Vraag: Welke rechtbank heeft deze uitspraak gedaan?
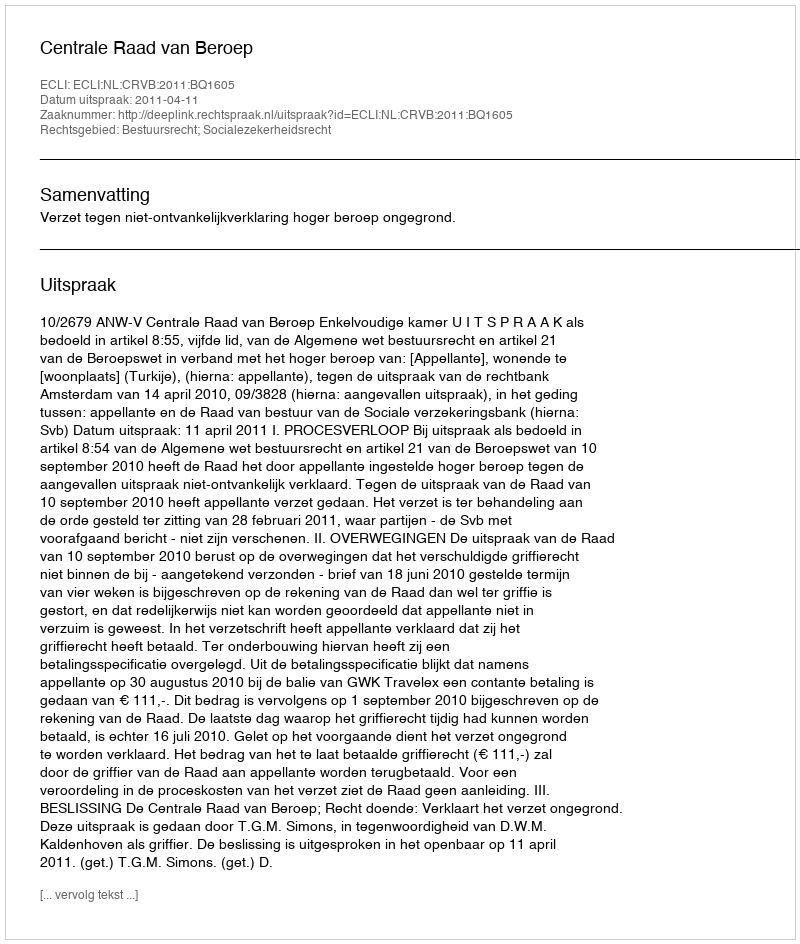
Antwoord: Centrale Raad van Beroep